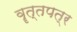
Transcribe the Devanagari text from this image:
वॄत्तपत्र